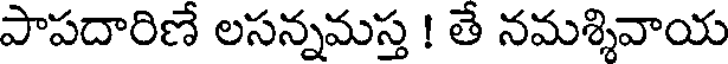
పాపదారిణే లసన్నమస్త ! తే నమశ్శివాయ